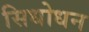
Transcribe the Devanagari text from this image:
सिधोधन